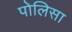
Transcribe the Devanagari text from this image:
पोलिसा